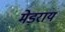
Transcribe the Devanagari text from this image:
मेड़राय